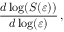
\frac { d \log ( S ( \varepsilon ) ) } { d \log ( \varepsilon ) } \, ,